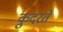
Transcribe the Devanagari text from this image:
कु़दरते